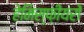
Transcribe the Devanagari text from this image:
हेमिस्फ़ीयरों